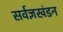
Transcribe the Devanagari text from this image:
सर्वज्ञखंडन